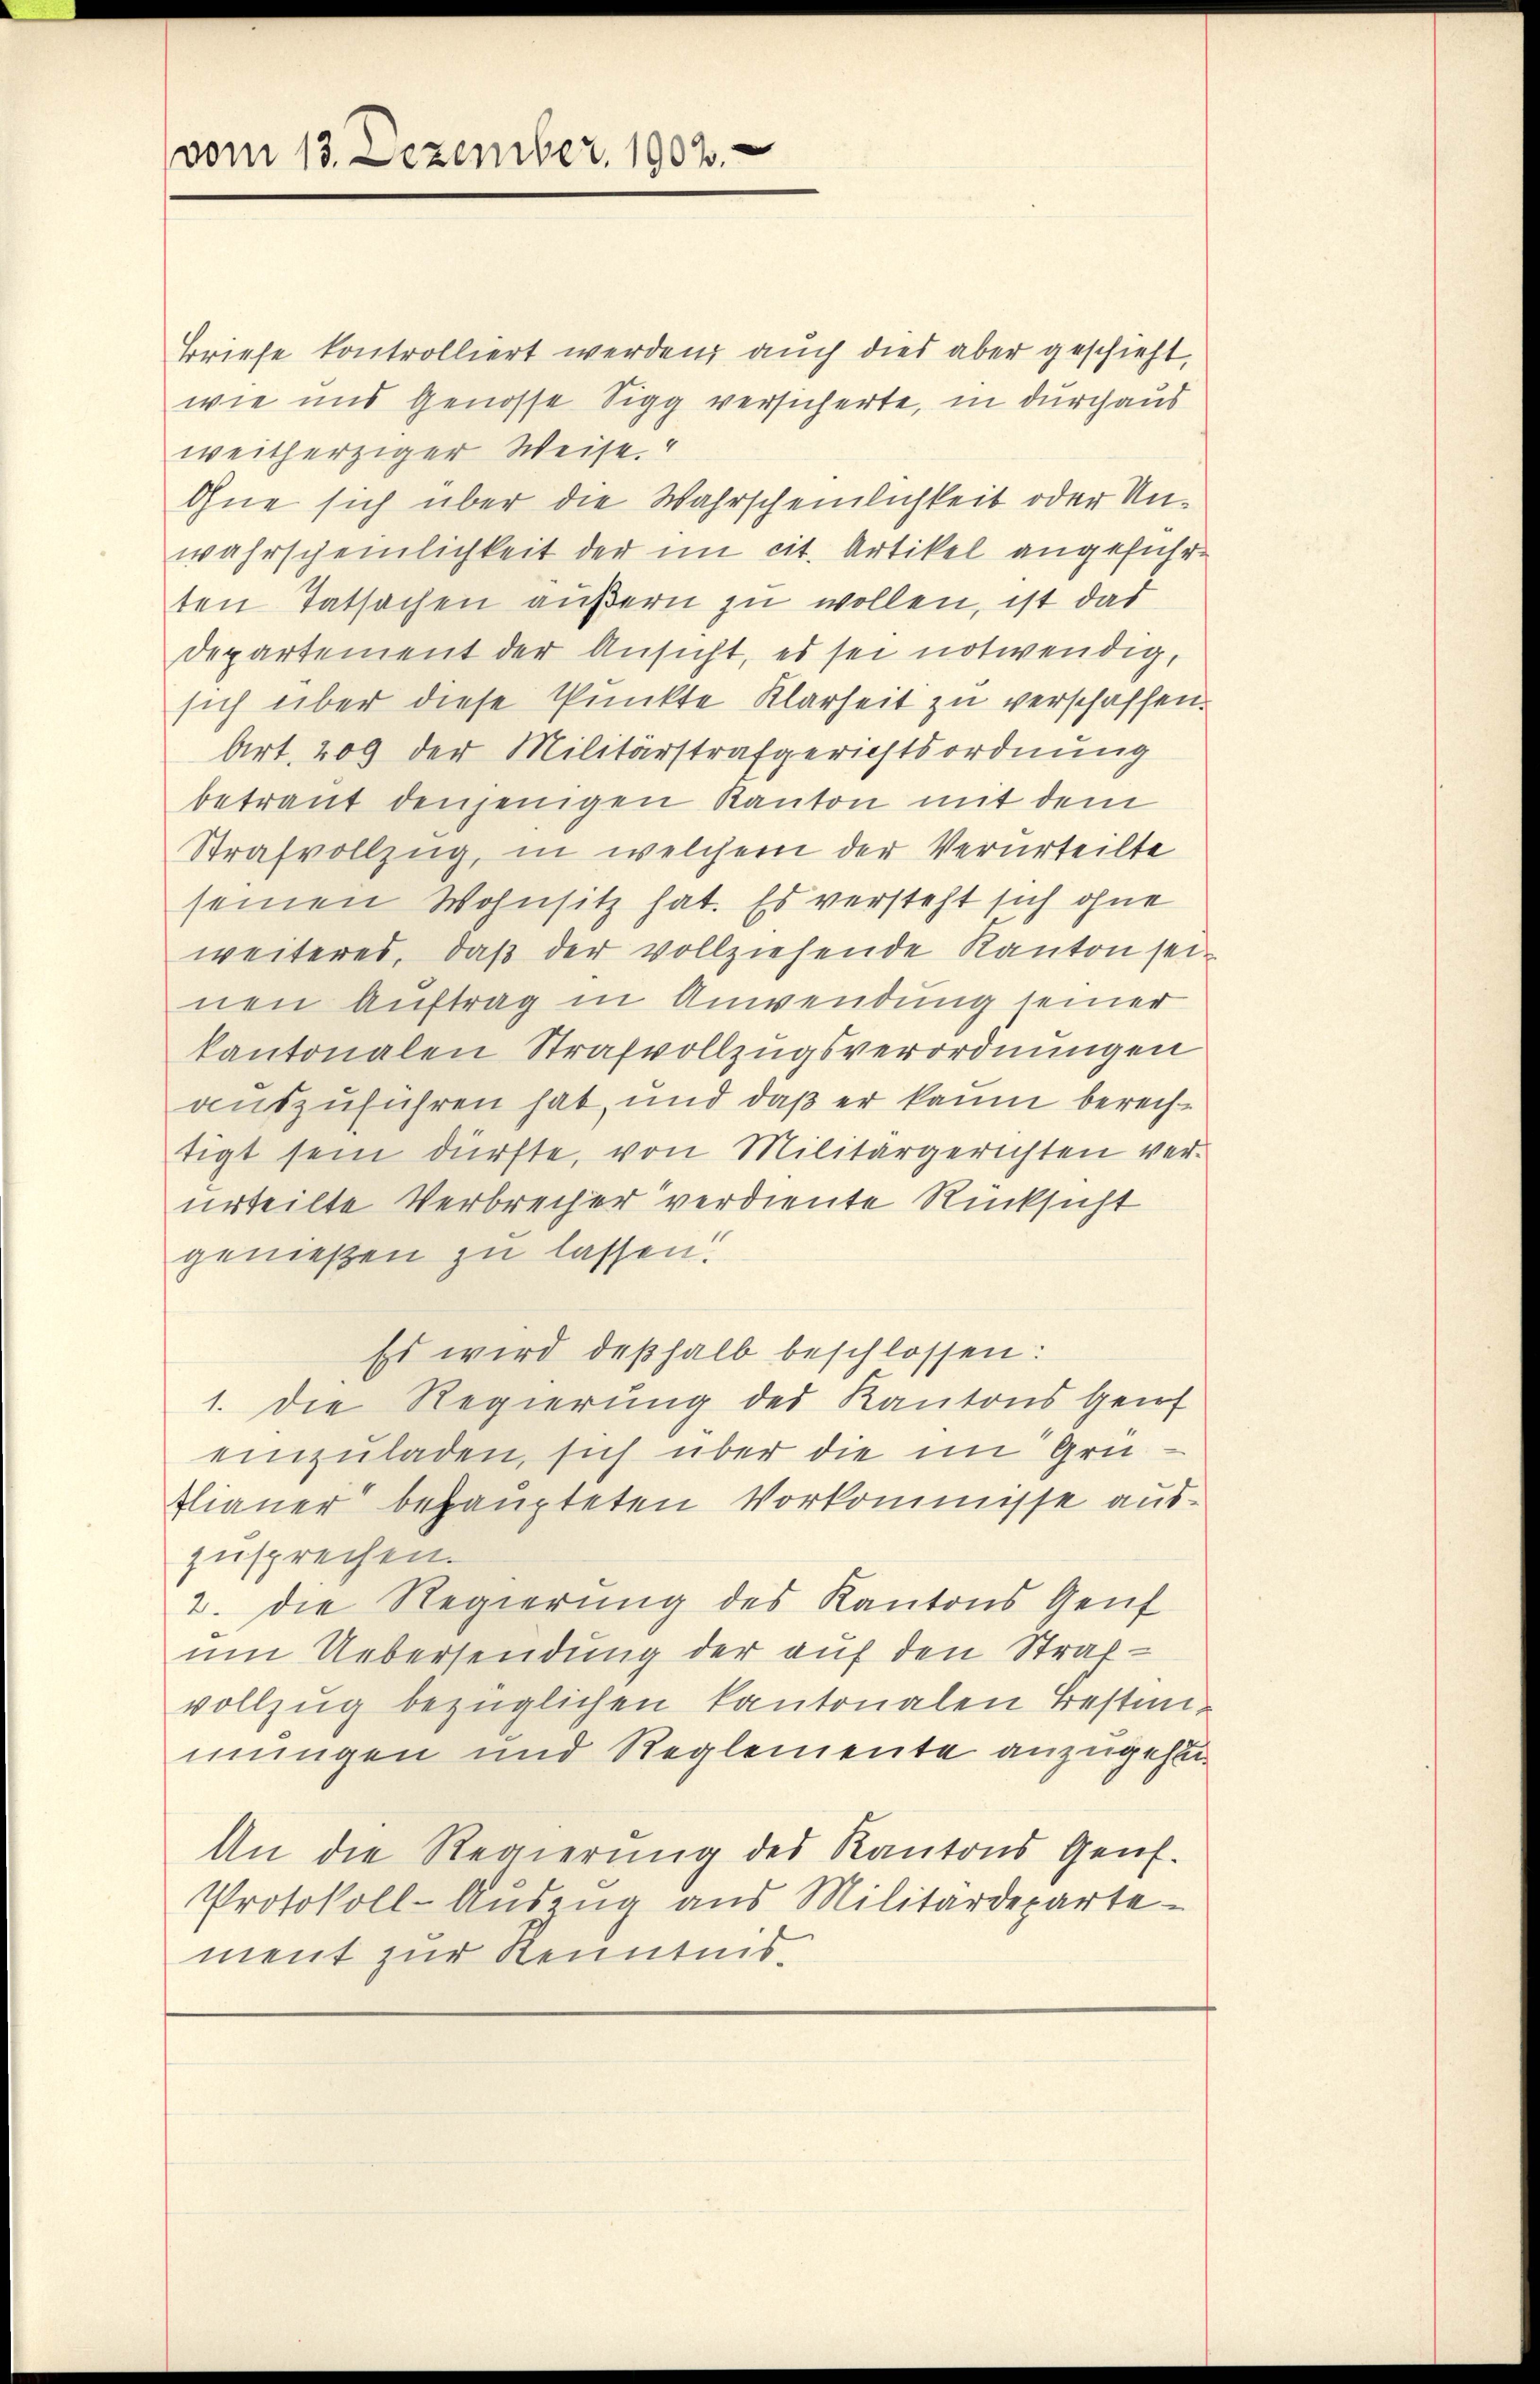
vom 13. Dezember, 1902.

Briefe kontrolliert werden, auch dies aber geschieht,
wie und Genosse Sigg versicherte, in durchaus
weitherziger Weise."
Ohne sich über die Wahrscheinlichkeit oder Unwahrscheinlichkeit der im cit. Artikel angeführten Tatsachen äußern zu wollen, ist das
Departement der Ansicht, es sei notwendig,
sich über diese Punkte Klarheit zu verschaffen.
Art. 209 der Militärstrafgerichtsordnung
betraut denjenigen Kanton mit dem
Strafvollzug, in welchem der Verurteilte
seinen Wohnsitz hat. Es versteht sich ohne
weiteres, daß der vollziehende Kanton sei
nen Auftrag in Anwendung seiner
kantonalen Strafvollzugsverordnungen
auszuführen hat, und daß er kaum berechtigt sein dürfte, von Militärgerichten verurteilte Verbrecher verdiente Rücksicht
genießen zu lassen!
Es wird deßhalb beschlossen:
1. Die Regierŭng des Kantons Genf
einzuladen, sich über die im Grüflianer behaupteten Vorkommisse auszusprechen.
2. die Regierung des Kantons Genf
um Uebersendung der auf den Strafvollzug bezüglichen kantonalen Bestiimungen und Reglemente anzugehen
An die Regierung des Kantons Genf.
Protokoll-Auszug aus Militärdeparte
ment zur Kenntnis.